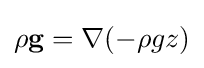
\rho \mathbf {g} =\nabla (-\rho gz)